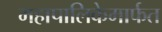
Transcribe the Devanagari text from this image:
महापालिकेमार्फत